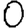
Digit: 0